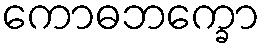
ကောဓဘက္ခော